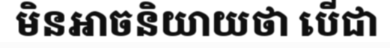
មិនអាចនិយាយថា បើជា